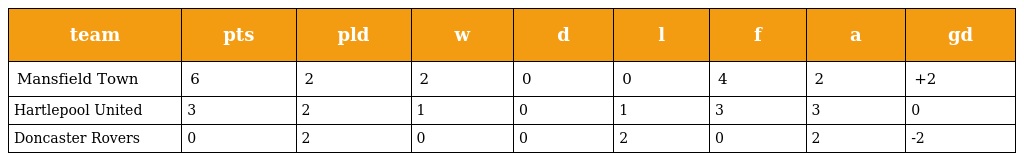
| team | pts | pld | w | d | l | f | a | gd |
 | --- | --- | --- | --- | --- | --- | --- | --- | --- |
 | Mansfield Town | 6 | 2 | 2 | 0 | 0 | 4 | 2 | +2 |
 | Hartlepool United | 3 | 2 | 1 | 0 | 1 | 3 | 3 | 0 |
 | Doncaster Rovers | 0 | 2 | 0 | 0 | 2 | 0 | 2 | -2 |